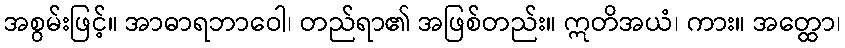
အစွမ်းဖြင့်။ အာဓာရဘာဝေါ၊ တည်ရာ၏ အဖြစ်တည်း။ ဣတိအယံ၊ ကား။ အတ္ထော၊